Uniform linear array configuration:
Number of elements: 48
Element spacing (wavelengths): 0.25
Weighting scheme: hamming
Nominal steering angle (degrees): -60
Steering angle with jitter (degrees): -59.377
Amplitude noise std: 0.05
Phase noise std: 0.05

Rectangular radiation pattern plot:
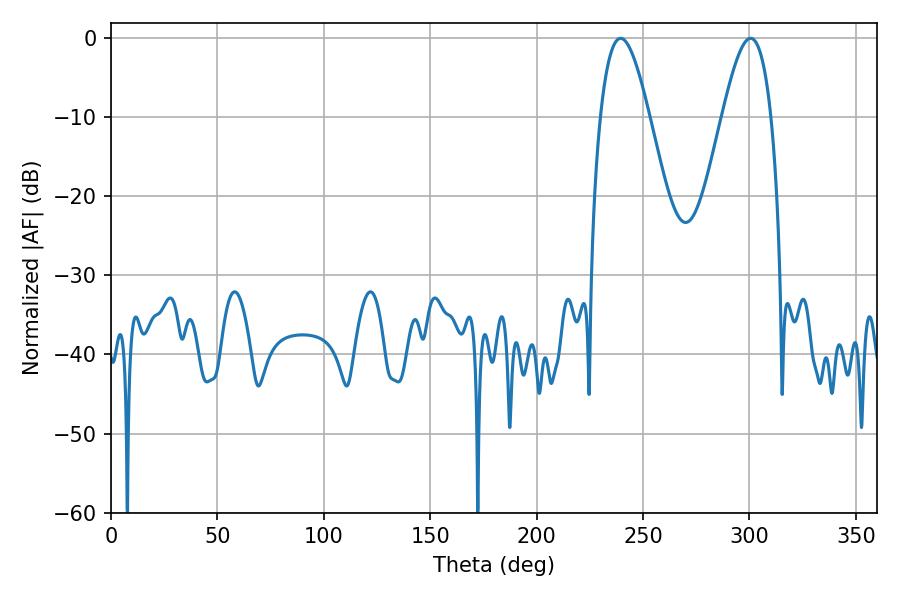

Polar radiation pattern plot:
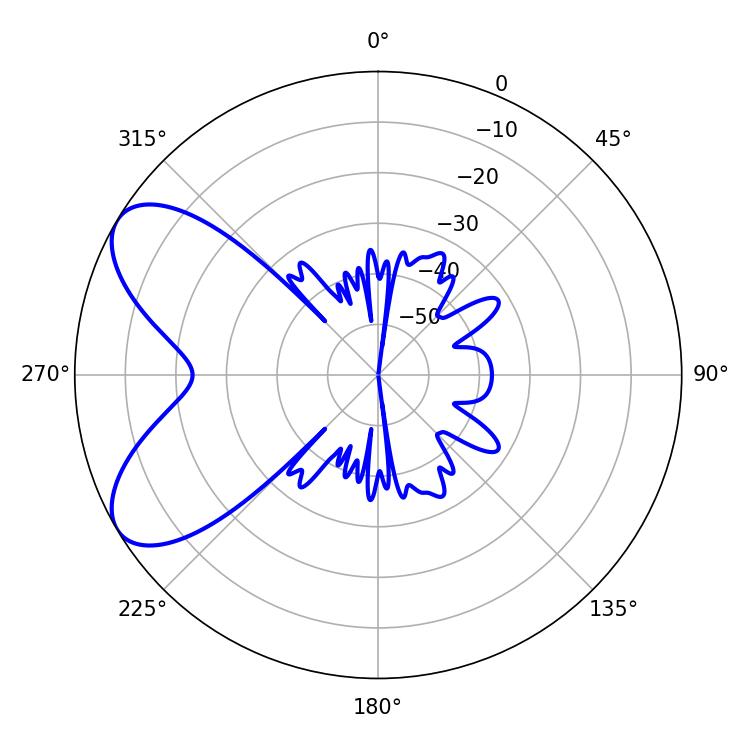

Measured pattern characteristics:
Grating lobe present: FALSE
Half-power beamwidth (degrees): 12.42
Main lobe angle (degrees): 239.4